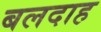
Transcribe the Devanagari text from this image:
बलदाह